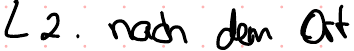
2. nach dem Ort